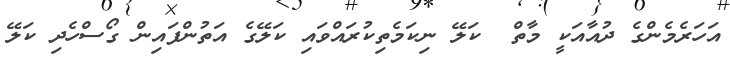
އަހަރެމެންގެ ދުއާއަކީ މާތް  ކަލޭ ނިކަމެތިކުރައްވައި ކަލޭގެ އަތުންފައިން ގޯސްހެދި ކަލޭ